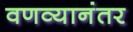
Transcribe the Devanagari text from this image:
वणव्यानंतर